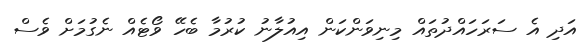
އަދި އެ ސަރަހައްދުތައް މިނިވަންކަން އިއުލާނު ކުރުމާ ބެހޭ ވޯޓެއް ނެގުމަށް ވެސް